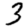
Digit: 3